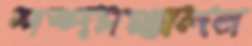
শব্দসঞ্চালন